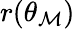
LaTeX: r(\theta_{\mathcal{M}})